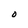
Character: O